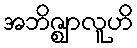
အဘိဇ္ဈာလူဟိ